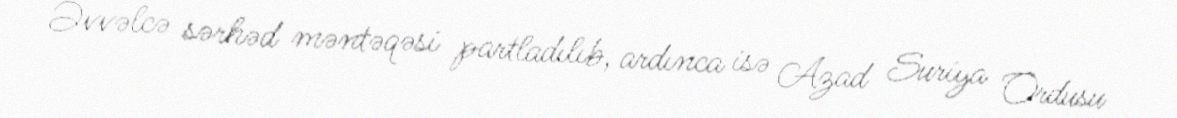
Əvvəlcə sərhəd məntəqəsi partladılıb, ardınca isə Azad Suriya Ordusu